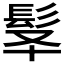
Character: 𩬋